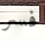
فسر